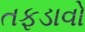
તફડાવો